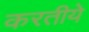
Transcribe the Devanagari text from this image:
करतीये